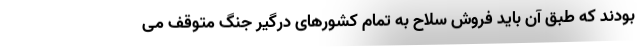
بودند که طبق آن باید فروش سلاح به تمام کشورهای درگیر جنگ متوقف می